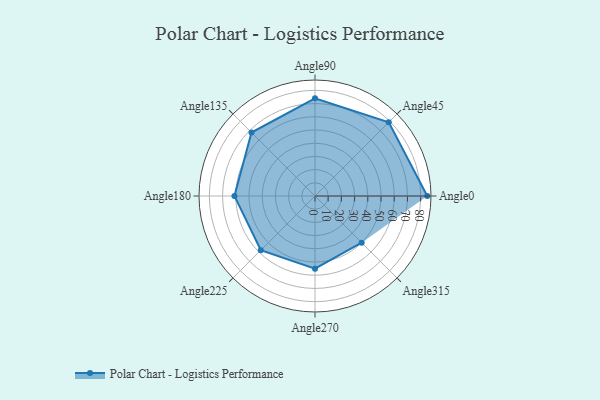
{"axis": {"x": "Angle", "y": "Radius"}, "legend": [""], "data": [{"x": "Angle0", "y": 85.0, "type": ""}, {"x": "Angle45", "y": 79.0, "type": ""}, {"x": "Angle90", "y": 74.0, "type": ""}, {"x": "Angle135", "y": 68.0, "type": ""}, {"x": "Angle180", "y": 61.0, "type": ""}, {"x": "Angle225", "y": 58.0, "type": ""}, {"x": "Angle270", "y": 55.0, "type": ""}, {"x": "Angle315", "y": 50, "type": ""}]}